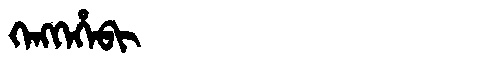
Manchu: ᡴᡝᠩᡴᡝᡥᡝᠪᡳ
Romanization: KENGKEHEBI